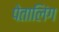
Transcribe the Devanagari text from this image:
पेतालिंग